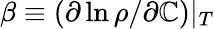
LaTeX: \beta\equiv(\partial\ln\rho/\partial\mathbb{C})|_{T}